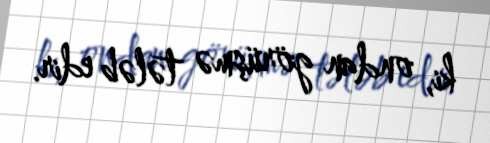
ki, ondan görüşmə tələb edir.